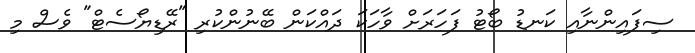
ސިފައިންނާއި ކަނޑު ބޯޓު ފަހަރަށް ވާހަކަ ދައްކަން ބޭނުންކުރި "ރޭޑިޔޯސެޓް" ވެސް މި